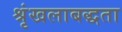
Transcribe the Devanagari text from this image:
श्रृंखलाबद्धता